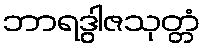
ဘာရဒွါဇသုတ္တံ